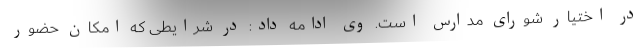
در اختیار شورای مدارس است. وی ادامه داد: در شرایطی که امکان حضور